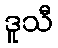
ဒူသီ